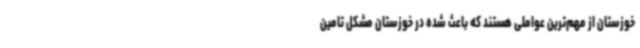
خوزستان از مهم‌ترین عواملی هستند که باعث شده در خوزستان مشکل تامین